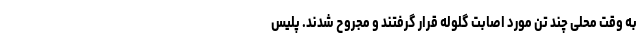
به وقت محلی چند تن مورد اصابت گلوله قرار گرفتند و مجروح شدند. پلیس